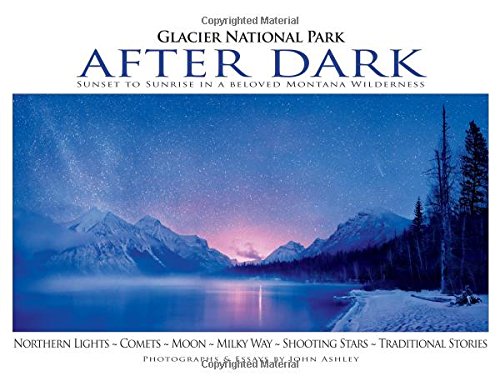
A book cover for Glacier National Park After Dark: Sunset to Sunrise in a Beloved Montana Wilderness; John Ashley; Science & Math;